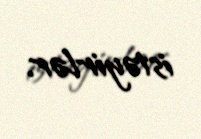
istəyirlər.